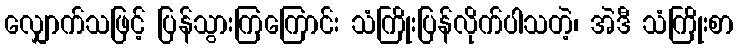
လျှောက်သဖြင့် ပြန်သွားကြကြောင်း သံကြိုးပြန်လိုက်ပါသတဲ့၊ အဲဒီ သံကြိုးစာ